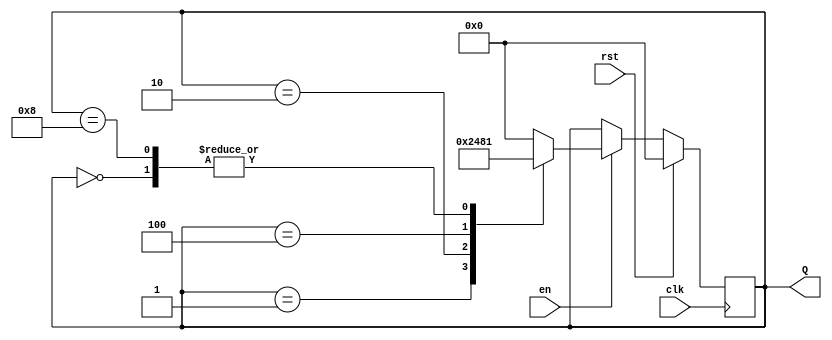
module Johnson_counter(
    input wire clk,
    input wire rst,
    input wire en,
    output reg [3:0] Q,
);

reg [3:0] Q_next;

always @(posedge clk) begin
    if (rst) begin
        Q <= 4'b0000;
    end else if (en) begin
        Q <= Q_next;
    end
end

always @* begin
    case(Q)
        4'b0000: Q_next = 4'b0001;
        4'b0001: Q_next = 4'b0010;
        4'b0010: Q_next = 4'b0100;
        4'b0100: Q_next = 4'b1000;
        4'b1000: Q_next = 4'b0001;
        default: Q_next = 4'b0000;
    endcase
end

endmodule